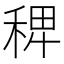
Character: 𥟑